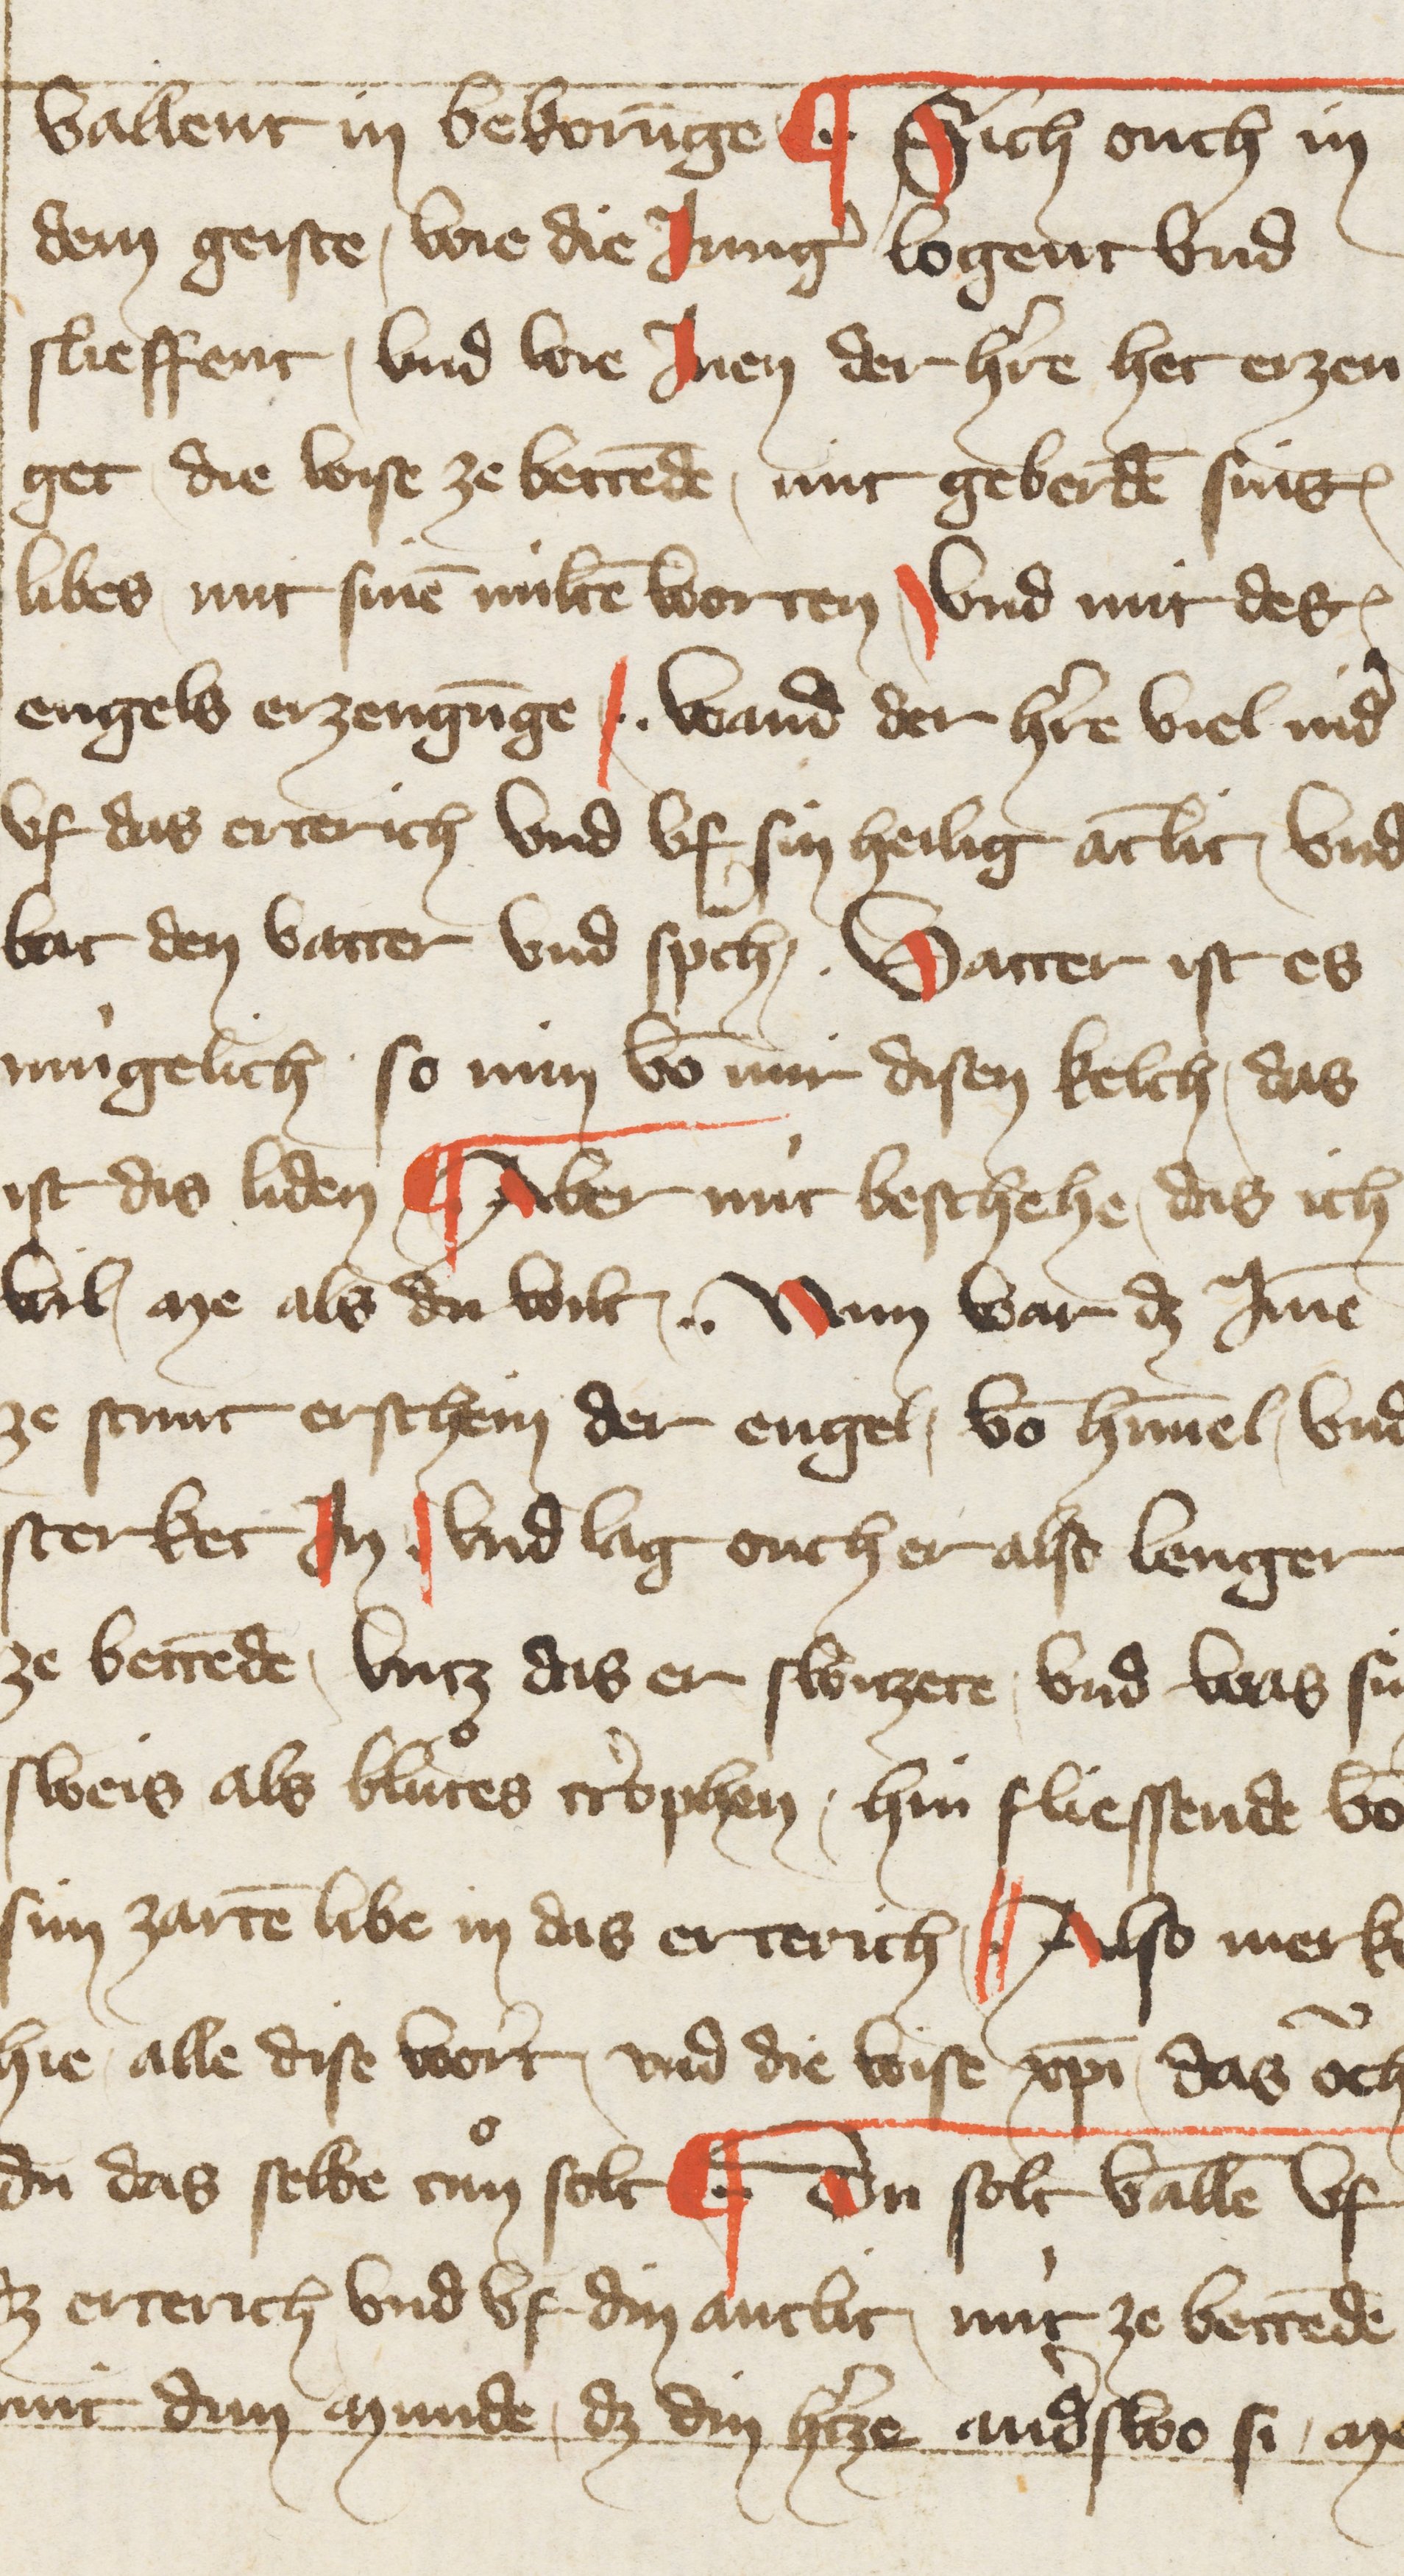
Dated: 1396–1403